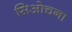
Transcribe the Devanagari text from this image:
सिओचना